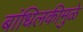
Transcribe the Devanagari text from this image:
बांधिलकीमुळे